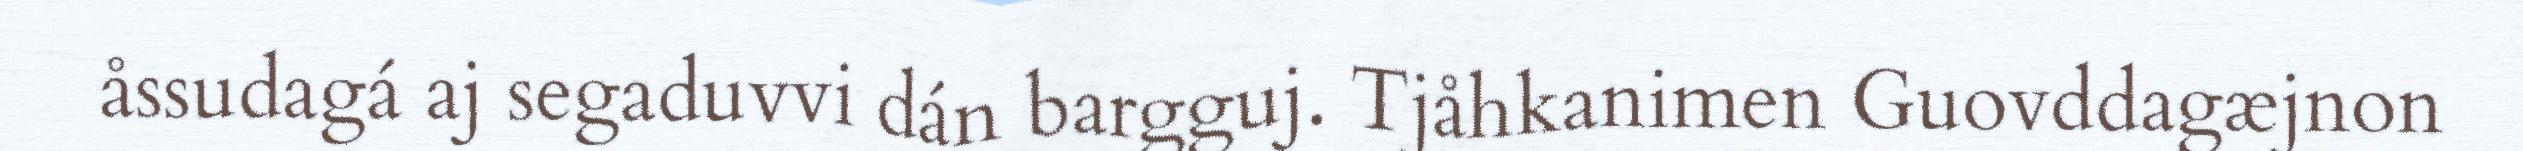
åssudagá aj segaduvvi dán bargguj. Tjåhkanimen Guovddagæjnon